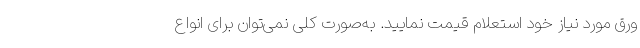
ورق مورد نیاز خود استعلام قیمت نمایید. به‌صورت کلی نمی‌توان برای انواع